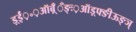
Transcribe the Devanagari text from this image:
ड़्ईं़॰़ऑब़्ँँँङ्ः़ऑड़्फ्ङीऊङ्ञ्